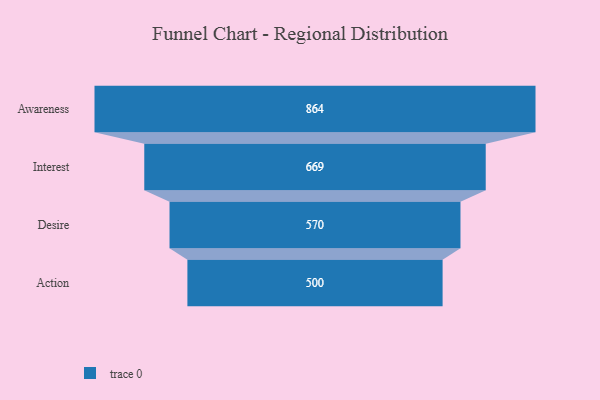
{"axis": {"x": "Stage", "y": "Value"}, "legend": [""], "data": [{"x": "Awareness", "y": 864.0, "type": ""}, {"x": "Interest", "y": 669.0, "type": ""}, {"x": "Desire", "y": 570.0, "type": ""}, {"x": "Action", "y": 500, "type": ""}]}